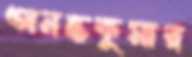
অনন্তকুমার